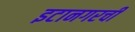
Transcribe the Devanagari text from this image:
इटानगरची